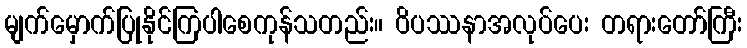
မျက်မှောက်ပြုနိုင်ကြပါစေကုန်သတည်း။ ဝိပဿနာအလုပ်ပေး တရားတော်ကြီး